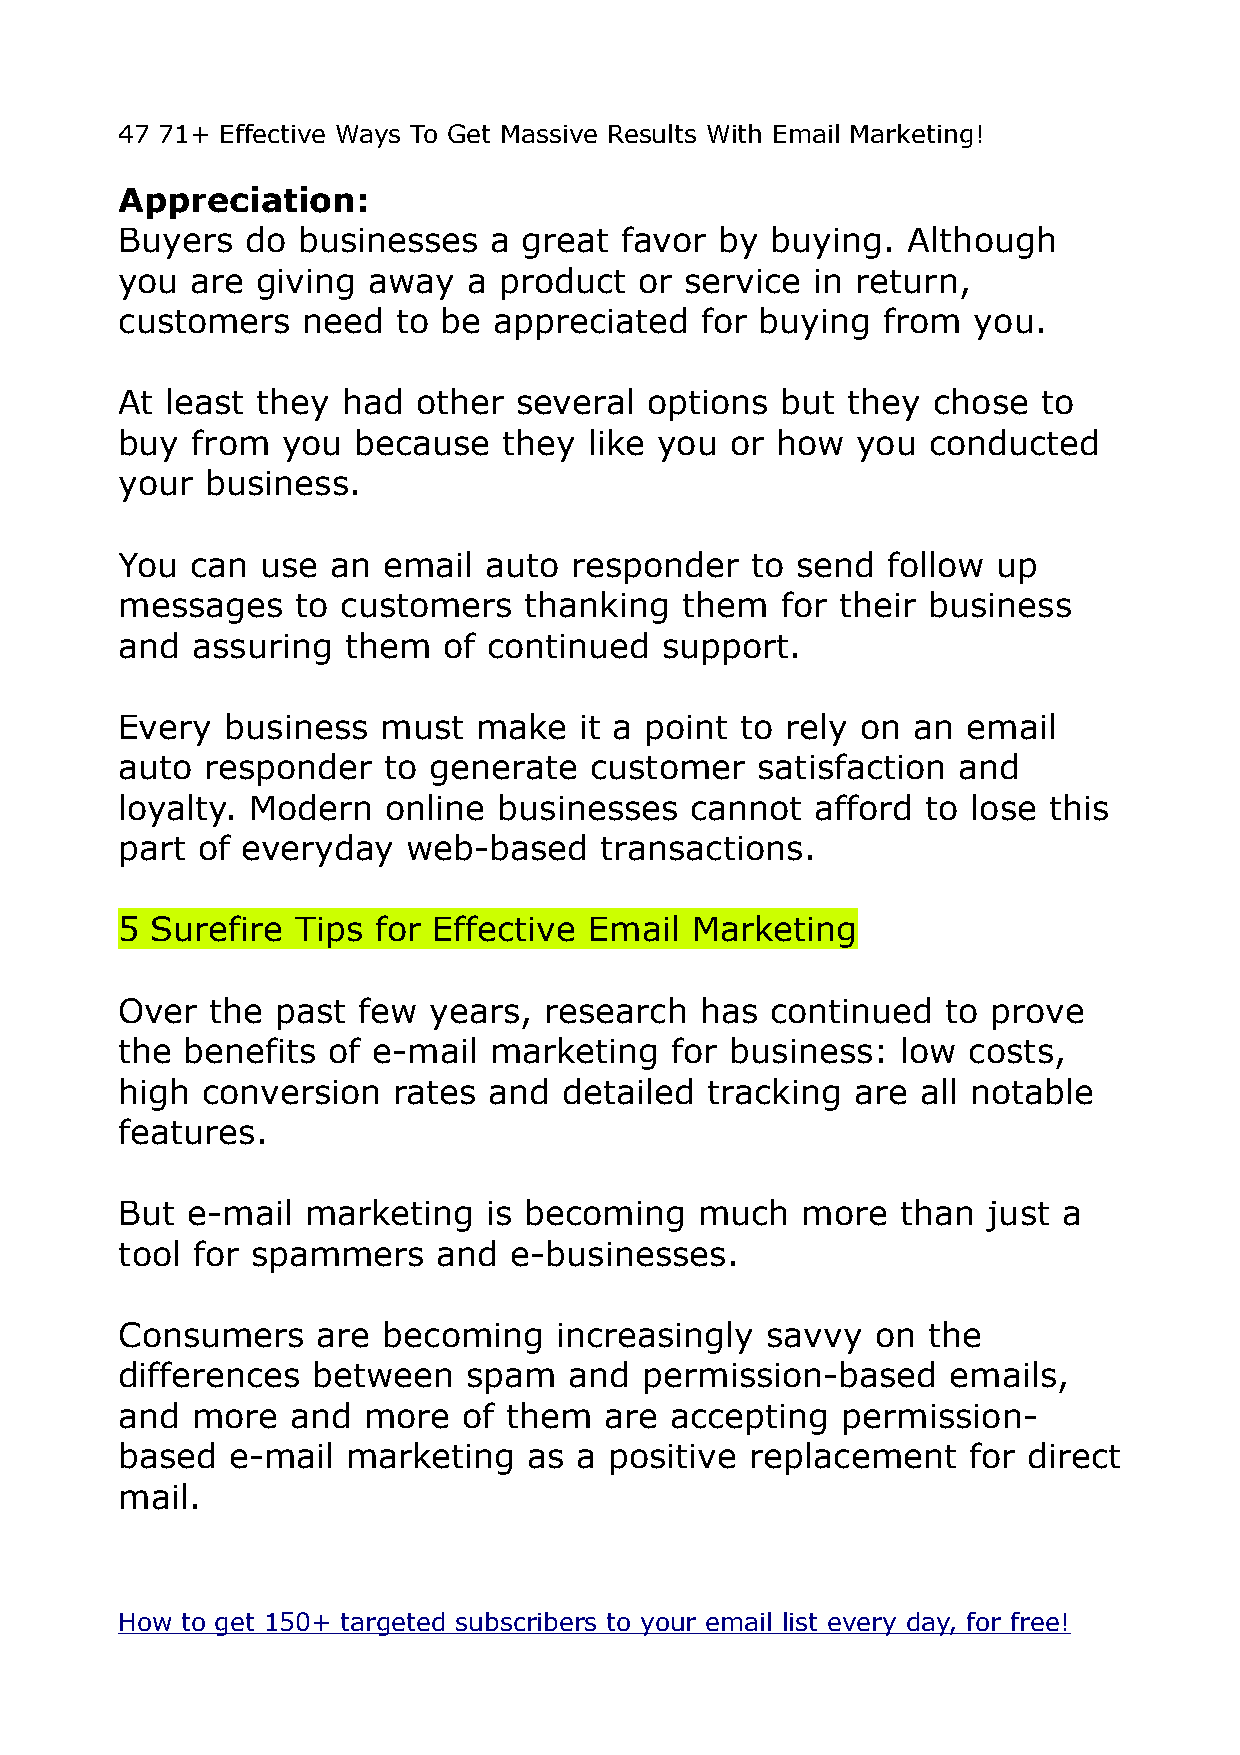
47 71+ Effective Ways To Get Massive Results With Email Marketing!
 Appreciation:
 Buyers  do  businesses  a  great favor  by buying.  Although
 you  are giving away   a product  or service  in return,
 customers   need  to be  appreciated  for buying  from  you.
 At least they  had  other several  options  but they  chose  to
 buy  from  you because   they  like you or how   you conducted
 your  business.
 You  can use  an email  auto  responder   to send  follow up
 messages    to customers   thanking  them   for their business
 and  assuring  them  of continued   support.
 Every  business  must  make   it a point to rely on an  email
 auto  responder  to generate   customer   satisfaction and
 loyalty. Modern  online  businesses   cannot  afford to lose this
 part of everyday   web-based    transactions.
 5 Surefire  Tips for Effective Email  Marketing
 Over  the past  few years,  research  has  continued   to prove
 the benefits  of e-mail marketing   for business:   low costs,
 high conversion   rates and  detailed  tracking  are all notable
 features.
 But e-mail  marketing   is becoming   much   more   than just a
 tool for spammers    and  e-businesses.
 Consumers    are becoming    increasingly  savvy  on the
 differences  between   spam   and  permission-based    emails,
 and  more  and  more   of them  are accepting   permission-
 based  e-mail  marketing   as a positive  replacement   for direct
 mail.
 How to get 150+ targeted subscribers to your email list every day, for free!